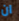
ان